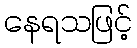
နေရသဖြင့်